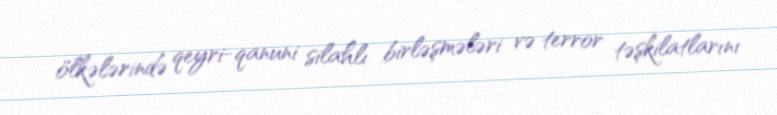
ölkələrində qeyri-qanuni silahlı birləşmələri və terror təşkilatlarını